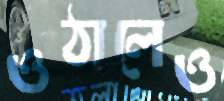
ওঠালেও